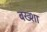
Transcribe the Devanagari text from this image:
बख्‍शा